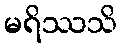
မရိဿသိ